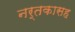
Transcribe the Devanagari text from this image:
नर्तकासह